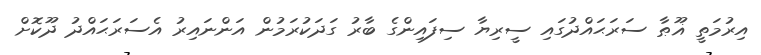
އިރުމަތީ ޣޫޠާ ސަރަޙައްދުގައި ސީރިޔާ ސިފައިންގެ ބާރު ގަދަކުރަމުން އަންނައިރު އެސަރަޙައްދު ދޫކޮށް